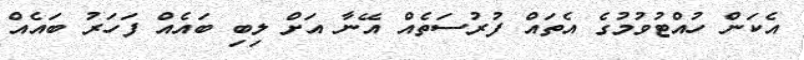
އެކަން ހުއްޓުވުމުގެ އެތައް ފުރުސަތެއް އޭނާ އަށް ލިބި ބައެއް ފަހަރު ބައެއް